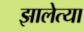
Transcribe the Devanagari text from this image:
झालेत्या